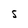
Character: S